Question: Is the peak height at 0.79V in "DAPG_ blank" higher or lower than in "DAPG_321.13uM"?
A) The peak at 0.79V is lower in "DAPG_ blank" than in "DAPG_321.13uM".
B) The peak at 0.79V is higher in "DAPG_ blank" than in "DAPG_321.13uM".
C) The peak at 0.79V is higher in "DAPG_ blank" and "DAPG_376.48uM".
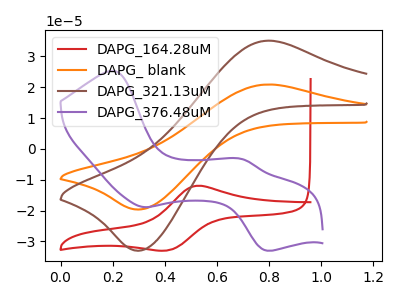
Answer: <think>The red curve "DAPG_164.28uM" has an anodic peak at (0.50V, -12.00uA) and a cathodic peak at (0.40V, -32.90uA). The orange curve "DAPG_ blank" has an anodic peak at (0.80V, 20.90uA) and a cathodic peak at (0.30V, -19.65uA). The brown curve "DAPG_321.13uM" has an anodic peak at (0.80V, 35.10uA) and a cathodic peak at (0.30V, -32.95uA). The purple curve "DAPG_376.48uM" has anodic peaks at (0.20V, 25.30uA) (0.70V, -3.35uA) and cathodic peaks at (0.30V, -18.85uA) (0.80V, -33.00uA).</think>
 <answer>A) The peak at 0.79V is lower in "DAPG_ blank" than in "DAPG_321.13uM".</answer>
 <eval>A</eval>